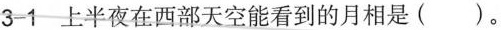
3-1 上半夜在西部天空能看到的月相是( )。